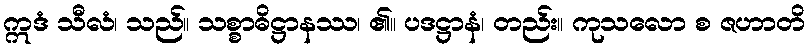
ဣဒံ သီလံ၊ သည်။ သစ္စာဓိဋ္ဌာနဿ၊ ၏။ ပဒဋ္ဌာနံ၊ တည်း။ ကုသလော စ ဇဟာတိ